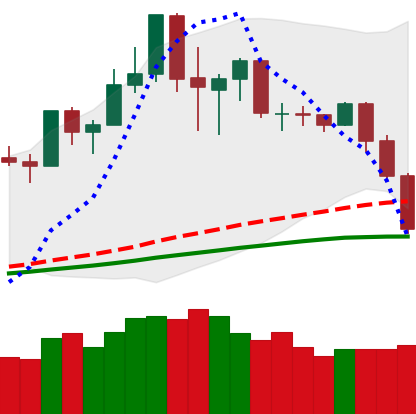
Ticker: NEO-USD
Chart end date: 2020-02-26
Forward return: 8.854%
Label: up_7plus